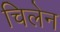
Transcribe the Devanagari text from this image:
चिलेन